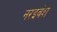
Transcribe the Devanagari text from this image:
नरइवंश